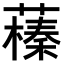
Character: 𦿒